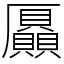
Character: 𠫍